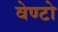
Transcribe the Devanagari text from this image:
वेण्टो